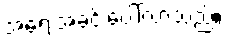
အရေးအခင်းပေါ်လာသည်။